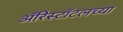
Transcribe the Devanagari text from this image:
ॲरिस्टॉटलच्या